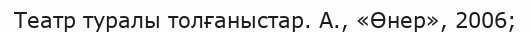
Театр туралы толғаныстар. А., «Өнер», 2006;